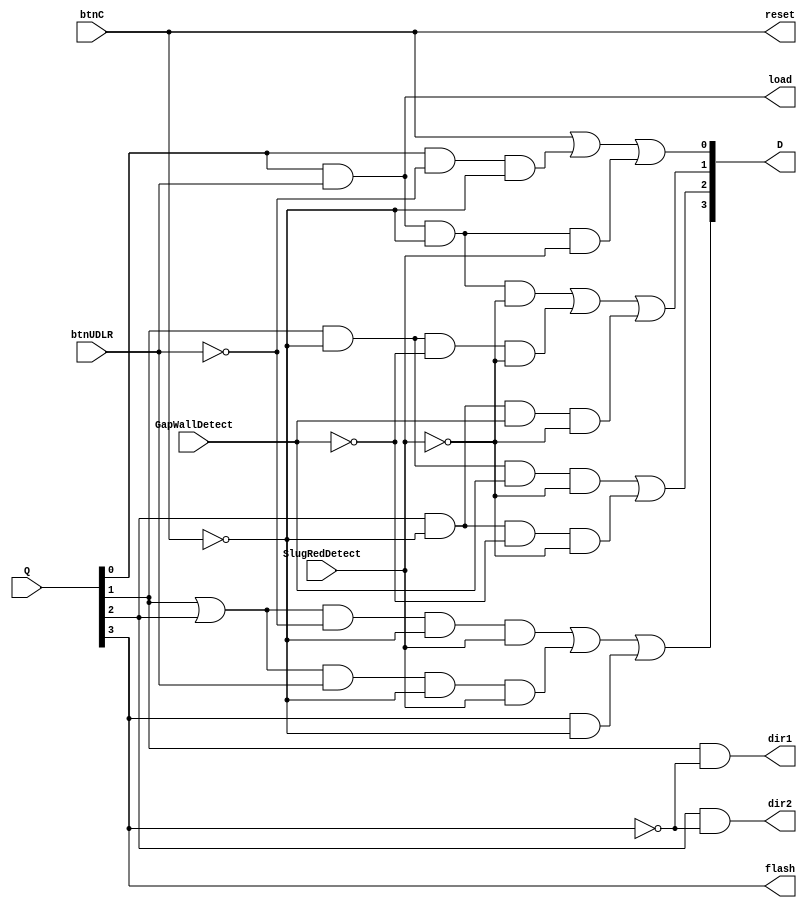
`timescale 1ns / 1ps
//////////////////////////////////////////////////////////////////////////////////
// Company: 
// Engineer: 
// 
// Design Name: 
// Module Name: GapStateMachineLogic
// Project Name: 
// Target Devices: 
// Tool Versions: 
// Description: 
// 
// Dependencies: 
// 
// Revision:
// Revision 0.01 - File Created
// Additional Comments:
// 
//////////////////////////////////////////////////////////////////////////////////


module GapStateMachineLogic(
    input btnUDLR,
    input btnC,
    input GapWallDetect,
    input SlugRedDetect,
    input [3:0] Q,
    
    output load,
    output reset,
    output dir1,
    output dir2,
    output flash,
    output [3:0] D 
    );
    
    assign D[0] = (btnC) | (Q[0] & ~btnUDLR & ~btnC) | (Q[0] & btnUDLR & ~btnC  & SlugRedDetect);
    assign D[1] = (Q[0] & btnUDLR & ~btnC & ~SlugRedDetect) | (Q[1] & ~btnC & ~GapWallDetect & ~SlugRedDetect) | (Q[2] & ~btnC & GapWallDetect & ~SlugRedDetect);
    assign D[2] = (Q[1] & ~btnC & GapWallDetect & ~SlugRedDetect) | (Q[2] & ~btnC & ~GapWallDetect & ~SlugRedDetect);
    assign D[3] = ((Q[1] | Q[2]) & ~btnUDLR & ~btnC & SlugRedDetect) | ((Q[1] | Q[2]) & btnUDLR & ~btnC & SlugRedDetect) |   
                  (Q[3] & ~btnC);
        
    assign reset = btnC;
    assign load = (Q[0] & btnUDLR);
    assign dir1 = Q[1] & ~Q[3];
    assign dir2 = Q[2] & ~Q[3];
    assign flash = Q[3];
    
    
endmodule